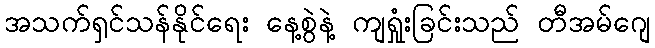
အသက်ရှင်သန်နိုင်ရေး နေ့စွဲနဲ့ ကျရှုံးခြင်းသည် တီအမ်ဂျေ